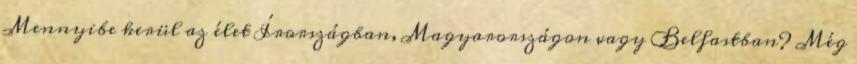
Mennyibe kerül az élet Írországban, Magyarországon vagy Belfastban? Még